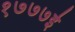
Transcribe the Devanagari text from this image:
१७७७ई